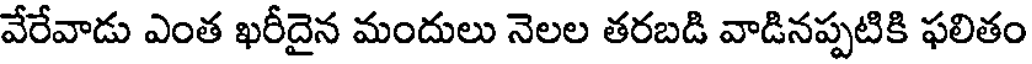
వేరేవాడు ఎంత ఖరీదైన మందులు నెలల తరబడి వాడినప్పటికి ఫలితం